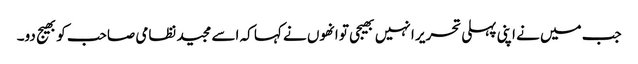
جب میں نے اپنی پہلی تحریر ا نہیں بھیجی تو انھوں نے کہا کہ اسے مجید نظامی صاحب کو بھیج دو۔